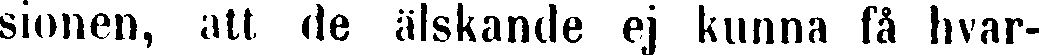
sionen, att de älskande ej kunna få hvar-